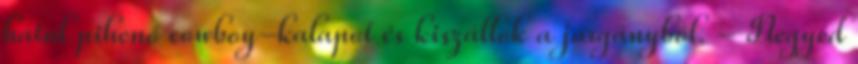
hátul pihenő cowboy-kalapot és kiszállok a járgányból. - Negyed